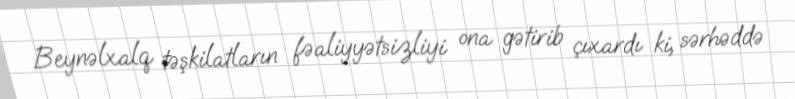
Beynəlxalq təşkilatların fəaliyyətsizliyi ona gətirib çıxardı ki, sərhəddə